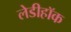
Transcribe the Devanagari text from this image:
लेडीहॉक